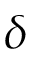
\delta